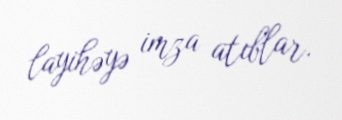
layihəyə imza atıblar.